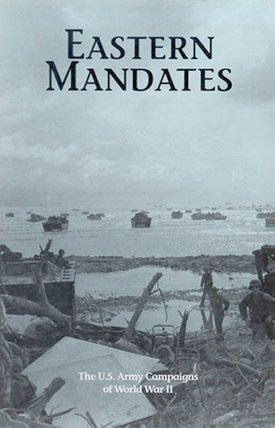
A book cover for Eastern Mandates (U. S. Army Campaigns of World War II); Burton Wright III; History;